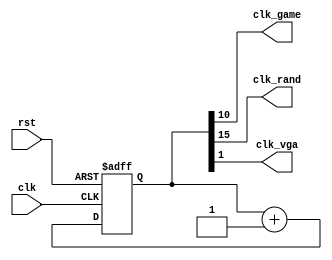
module clkdiv(rst,clk,clk_game,clk_rand,clk_vga);

	output wire clk_game,clk_rand,clk_vga;
	input wire clk,rst;
	reg [15:0] counter;

	assign clk_game = counter[10];
	assign clk_rand = counter[15];
	assign clk_vga = counter[1];

	always @(posedge rst or posedge clk) begin
		if(rst) counter <= 0;
		else counter <= counter + 1;
	end

endmodule